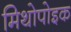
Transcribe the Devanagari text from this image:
मिथोपोइक